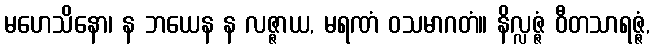
မဟေသိနော၊ န ဘယေန န လဇ္ဇာယ, မရဏံ ဝသမာဂတံ။ နိလ္လဇ္ဇံ ဝီတသာရဇ္ဇံ,